Vaccine operations Central Provinces 1868-1885 - 1868-1885
Year: 1868
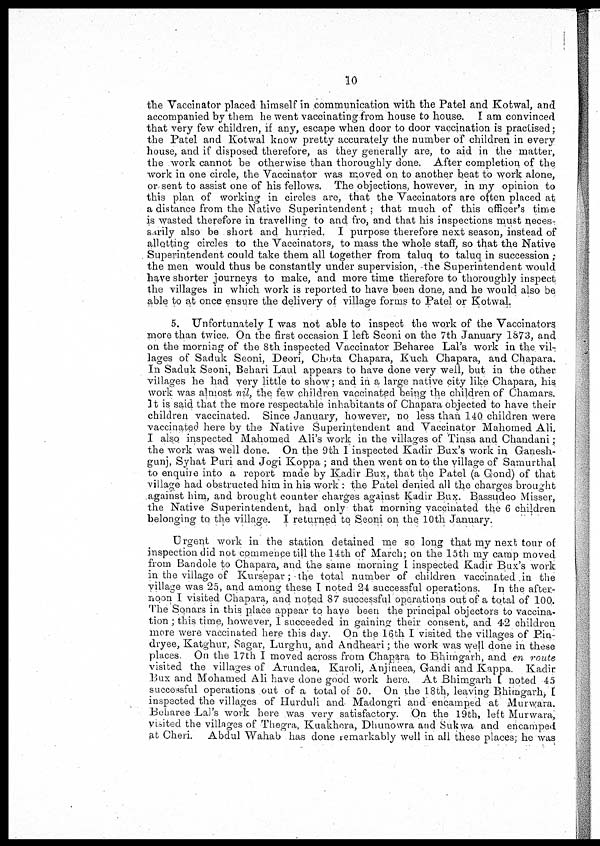
10
the Vaccinator placed himself in communication with the Patel and Kotwal, and
accompanied by them he went vaccinating from house to house. I am convinced
that very few children, if any, escape when door to door vaccination is practised;
the Patel and Kotwal know pretty accurately the number of children in every
house, and if disposed therefore, as they generally are, to aid in the matter,
the work cannot be otherwise than thoroughly done. After completion of the
work in one circle, the Vaccinator was moved on to another beat to work alone,
or sent to assist one of his fellows. The objections, however, in my opinion to
this plan of working in circles are, that the Vaccinators are often placed at
a distance from the Native Superintendent; that much of this officers time
is wasted therefore in travelling to and fro, and that his inspections must neces-
sarily also be short and hurried. I purpose therefore next season, instead of
allotting circles to the Vaccinators, to mass the whole staff, so that the Native
Superintendent could take them all together from taluq to taluq in succession ;
the men would thus be constantly under supervision, the Superintendent would
have shorter journeys to make, and more time therefore to thoroughly inspect
the villages in which work is reported to have been done, and he would also be
able to at once ensure the delivery of village forms to Patel or Kotwal.
5. Unfortunately I was not able to inspect the work of the Vaccinators
more than twice. On the first occasion I left Seoni on the 7th January 1873, and
on the morning of the 8th inspected Vaccinator Beharee Lal's work in the vil-
lages of Saduk Seoni, Deori, Chota Chapara, Kuch Chapara, and Chapara.
In Saduk Seoni, Behari Laul appears to have done very well, but in the other
villages he had very little to show; and in a large native city like Chapara, his
work was almost nil, the few children vaccinated being the children of Chamars.
It is said that the more respectable inhabitants of Chapara objected to have their
children vaccinated. Since January, however, no less than 140 children were
vaccinated here by the Native Superintendent and Vaccinator Mahomed Ali.
I also inspected Mahomed Ali's work in the villages of Tinsa and Chandani;
the work was well done. On the 9th I inspected Kadir Bux's work in Ganesh-
gunj, Syhat Puri and Jogi Koppa ; and then went on to the village of Samurthal
to enquire into a report made by Kadir Bux, that the Patel (a Gond) of that
village had obstructed him in his work : the Patel denied all the charges brought
against him, and brought counter charges against Kadir Bux. Bassudeo Misser,
the Native Superintendent, had only that morning vaccinated the 6 children
belonging to the village. I returned to Seoni on the 10th January.
Urgent work in the station detained me so long that my next tour of
inspection did not commence till the 14th of March; on the 15th my camp moved
from Bandole to Chapara, and the same morning I inspected Kadir Bux's work
in the village of Kursepar; the total number of children vaccinated in the
village was 25, and among these I noted 24 successful operations. In the after-
noon I visited Chapara, and noted 87 successful operations out of a total of 100.
The Sonars in this place appear to have been the principal objectors to vaccina-
tion ; this time, however, I succeeded in gaining their consent, and 42 children
more were vaccinated here this day. On the 16th I visited the villages of Pin-
dryee, Katghur, Sagar, Lurghu, and Andheari; the work was well done in these
places On the 17th I moved across from Chapara to Bhimgarh, and en route
visited the villages of Arundea, Karoli, Anjineea, Gandi and Kappa. Kadir
Bux and Mohamed Ali have done good work here. At Bhimgarh I noted 45
successful operations out of a total of 50. On the 18th, leaving Bhimgarh
inspected the villages of Hurduli and- Madongri and encamped at Murwara.
Beharee Lal's work here was very satisfactory. On the 19th, left Murwara,
visited the villages of Thegra, Kuakhera, Dhunowra and Sukwa and encamped
at Cheri. Abdul Wahab has done remarkably well in all these places; he was